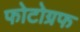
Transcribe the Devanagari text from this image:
फोटोग्रफ